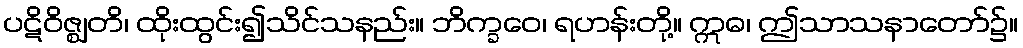
ပဋိဝိဇ္ဈတိ၊ ထိုးထွင်း၍သိင်သနည်း။ ဘိက္ခဝေ၊ ရဟန်းတို့။ ဣဓ၊ ဤသာသနာတော်၌။